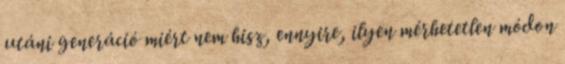
utáni generáció miért nem hisz, ennyire, ilyen mérhetetlen módon